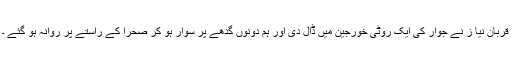
قربان نیا ز نے جوار کی ایک روٹی خورجین میں ڈال دی اور ہم دونوں گدھے پر سوار ہو کر صحرا کے راستے پر روانہ ہو گئے ۔